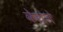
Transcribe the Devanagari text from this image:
केेलेले